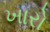
ખારો